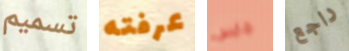
تسميم عرفته جايس راجع